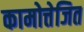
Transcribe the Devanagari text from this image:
कामोत्तेजित